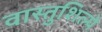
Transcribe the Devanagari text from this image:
वास्तुशिल्पे